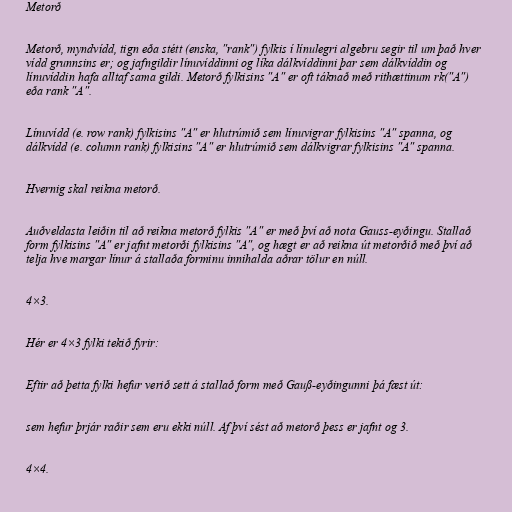
Metorð

Metorð, myndvídd, tign eða stétt (enska, "rank") fylkis í línulegri algebru segir til um það hver
vídd grunnsins er; og jafngildir línuvíddinni og líka dálkvíddinni þar sem dálkvíddin og
línuvíddin hafa alltaf sama gildi. Metorð fylkisins "A" er oft táknað með rithættinum rk("A")
eða rank "A".

Línuvídd (e. row rank) fylkisins "A" er hlutrúmið sem línuvigrar fylkisins "A" spanna, og
dálkvídd (e. column rank) fylkisins "A" er hlutrúmið sem dálkvigrar fylkisins "A" spanna.

Hvernig skal reikna metorð.

Auðveldasta leiðin til að reikna metorð fylkis "A" er með því að nota Gauss-eyðingu. Stallað
form fylkisins "A" er jafnt metorði fylkisins "A", og hægt er að reikna út metorðið með því að
telja hve margar línur á stallaða forminu innihalda aðrar tölur en núll.

4×3.

Hér er 4×3 fylki tekið fyrir:

Eftir að þetta fylki hefur verið sett á stallað form með Gauß-eyðingunni þá fæst út:

sem hefur þrjár raðir sem eru ekki núll. Af því sést að metorð þess er jafnt og 3.

4×4.